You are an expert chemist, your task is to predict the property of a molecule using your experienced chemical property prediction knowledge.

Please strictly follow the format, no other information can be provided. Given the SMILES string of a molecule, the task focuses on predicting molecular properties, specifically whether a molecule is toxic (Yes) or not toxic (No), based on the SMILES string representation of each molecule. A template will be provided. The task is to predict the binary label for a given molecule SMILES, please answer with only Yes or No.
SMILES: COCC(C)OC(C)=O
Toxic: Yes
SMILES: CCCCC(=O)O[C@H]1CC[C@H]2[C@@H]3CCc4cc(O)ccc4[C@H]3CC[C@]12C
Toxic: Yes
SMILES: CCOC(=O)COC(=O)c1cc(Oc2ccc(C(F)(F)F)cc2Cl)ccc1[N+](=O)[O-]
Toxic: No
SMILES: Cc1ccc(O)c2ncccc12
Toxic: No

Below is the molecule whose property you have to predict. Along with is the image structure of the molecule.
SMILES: CCCCCCCCN(C)CCCCCCCC
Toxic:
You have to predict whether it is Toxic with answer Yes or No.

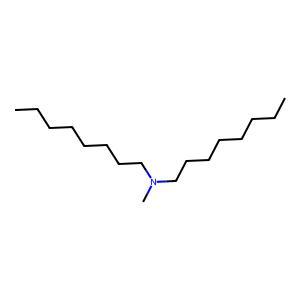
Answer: No